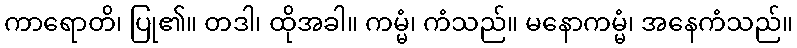
ကာရောတိ၊ ပြု၏။ တဒါ၊ ထိုအခါ။ ကမ္မံ၊ ကံသည်။ မနောကမ္မံ၊ အနေကံသည်။